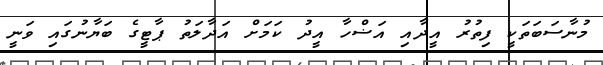
މުނާސަބަތަކީ ފިތުރު އީދާއި އަޟްހާ އީދު ކަމަށް އަދާލަތު ޕާޓީގެ ބަޔާނުގައި ވަނީ